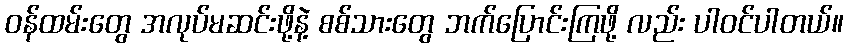
ဝန်ထမ်းတွေ အလုပ်မဆင်းဖို့နဲ့ စစ်သားတွေ ဘက်ပြောင်းကြဖို့ လည်း ပါဝင်ပါတယ်။